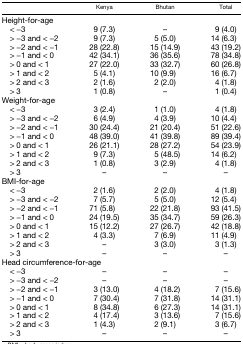
<table><thead><tr><td></td><td><b>Kenya</b></td><td><b>Bhutan</b></td><td><b>Total</b></td></tr></thead><tbody><tr><td colspan="4">Height-for-age</td></tr><tr><td> &lt; −3</td><td>9 (7.3)</td><td>–</td><td>9 (4.0)</td></tr><tr><td> &gt; −3 and &lt; −2</td><td>9 (7.3)</td><td>5 (5.0)</td><td>14 (6.3)</td></tr><tr><td> &gt; −2 and &lt; −1</td><td>28 (22.8)</td><td>15 (14.9)</td><td>43 (19.2)</td></tr><tr><td> &gt; −1 and &lt; 0</td><td>42 (34.1)</td><td>36 (35.6)</td><td>78 (34.8)</td></tr><tr><td> &gt; 0 and &lt; 1</td><td>27 (22.0)</td><td>33 (32.7)</td><td>60 (26.8)</td></tr><tr><td> &gt; 1 and &lt; 2</td><td>5 (4.1)</td><td>10 (9.9)</td><td>16 (6.7)</td></tr><tr><td> &gt; 2 and &lt; 3</td><td>2 (1.6)</td><td>2 (2.0)</td><td>4 (1.8)</td></tr><tr><td> &gt; 3</td><td>1 (0.8)</td><td>–</td><td>1 (0.4)</td></tr><tr><td colspan="4">Weight-for-age</td></tr><tr><td> &lt; −3</td><td>3 (2.4)</td><td>1 (1.0)</td><td>4 (1.8)</td></tr><tr><td> &gt; −3 and &lt; −2</td><td>6 (4.9)</td><td>4 (3.9)</td><td>10 (4.4)</td></tr><tr><td> &gt; −2 and &lt; −1</td><td>30 (24.4)</td><td>21 (20.4)</td><td>51 (22.6)</td></tr><tr><td> &gt; −1 and &lt; 0</td><td>48 (39.0)</td><td>41 (39.8)</td><td>89 (39.4)</td></tr><tr><td> &gt; 0 and &lt; 1</td><td>26 (21.1)</td><td>28 (27.2)</td><td>54 (23.9)</td></tr><tr><td> &gt; 1 and &lt; 2</td><td>9 (7.3)</td><td>5 (48.5)</td><td>14 (6.2)</td></tr><tr><td> &gt; 2 and &lt; 3</td><td>1 (0.8)</td><td>3 (2.9)</td><td>4 (1.8)</td></tr><tr><td> &gt; 3</td><td>–</td><td>–</td><td>–</td></tr><tr><td colspan="4">BMI-for-age</td></tr><tr><td> &lt; −3</td><td>2 (1.6)</td><td>2 (2.0)</td><td>4 (1.8)</td></tr><tr><td> &gt; −3 and &lt; −2</td><td>7 (5.7)</td><td>5 (5.0)</td><td>12 (5.4)</td></tr><tr><td> &gt; −2 and &lt; −1</td><td>71 (5.8)</td><td>22 (21.8)</td><td>93 (41.5)</td></tr><tr><td> &gt; −1 and &lt; 0</td><td>24 (19.5)</td><td>35 (34.7)</td><td>59 (26.3)</td></tr><tr><td> &gt; 0 and &lt; 1</td><td>15 (12.2)</td><td>27 (26.7)</td><td>42 (18.8)</td></tr><tr><td> &gt; 1 and &lt; 2</td><td>4 (3.3)</td><td>7 (6.9)</td><td>11 (4.9)</td></tr><tr><td> &gt; 2 and &lt; 3</td><td>–</td><td>3 (3.0)</td><td>3 (1.3)</td></tr><tr><td> &gt; 3</td><td>–</td><td>–</td><td>–</td></tr><tr><td colspan="4">Head circumference-for-age</td></tr><tr><td> &lt; −3</td><td>–</td><td>–</td><td>–</td></tr><tr><td> &gt; −3 and &lt; −2</td><td>–</td><td>–</td><td>–</td></tr><tr><td> &gt; −2 and &lt; −1</td><td>3 (13.0)</td><td>4 (18.2)</td><td>7 (15.6)</td></tr><tr><td> &gt; −1 and &lt; 0</td><td>7 (30.4)</td><td>7 (31.8)</td><td>14 (31.1)</td></tr><tr><td> &gt; 0 and &lt; 1</td><td>8 (34.8)</td><td>6 (27.3)</td><td>14 (31.1)</td></tr><tr><td> &gt; 1 and &lt; 2</td><td>4 (17.4)</td><td>3 (13.6)</td><td>7 (15.6)</td></tr><tr><td> &gt; 2 and &lt; 3</td><td>1 (4.3)</td><td>2 (9.1)</td><td>3 (6.7)</td></tr><tr><td> &gt; 3</td><td>–</td><td>–</td><td>–</td></tr></tbody></table>